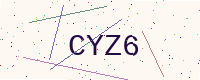
Text: CYZ6